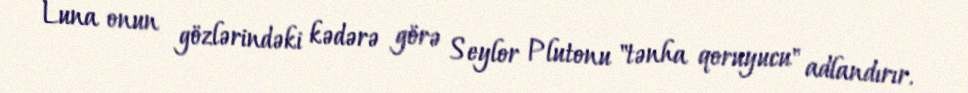
Luna onun gözlərindəki kədərə görə Seylor Plutonu "tənha qoruyucu" adlandırır.